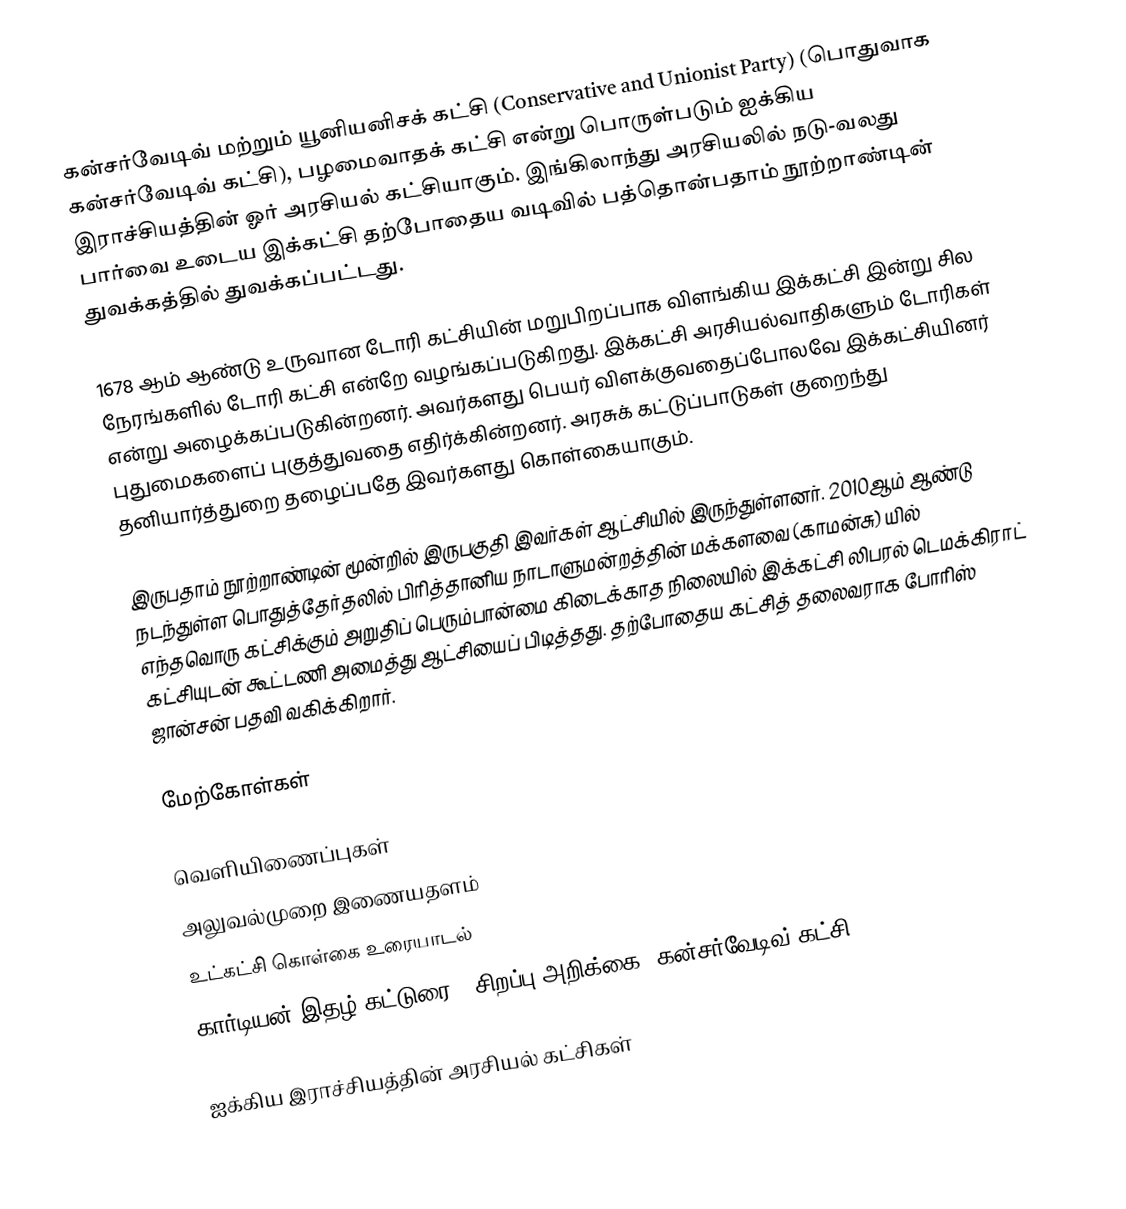
கன்சர்வேடிவ் மற்றும் யூனியனிசக் கட்சி (Conservative and Unionist Party) (பொதுவாக கன்சர்வேடிவ் கட்சி), பழமைவாதக் கட்சி என்று பொருள்படும் ஐக்கிய இராச்சியத்தின் ஓர் அரசியல் கட்சியாகும். இங்கிலாந்து அரசியலில் நடு-வலது பார்வை உடைய இக்கட்சி தற்போதைய வடிவில் பத்தொன்பதாம் நூற்றாண்டின் துவக்கத்தில் துவக்கப்பட்டது.

1678 ஆம் ஆண்டு உருவான டோரி கட்சியின் மறுபிறப்பாக விளங்கிய இக்கட்சி இன்று சில நேரங்களில் டோரி கட்சி என்றே வழங்கப்படுகிறது. இக்கட்சி அரசியல்வாதிகளும் டோரிகள் என்று அழைக்கப்படுகின்றனர். அவர்களது பெயர் விளக்குவதைப்போலவே இக்கட்சியினர் புதுமைகளைப் புகுத்துவதை எதிர்க்கின்றனர். அரசுக் கட்டுப்பாடுகள் குறைந்து தனியார்த்துறை தழைப்பதே இவர்களது கொள்கையாகும்.

இருபதாம் நூற்றாண்டின் மூன்றில் இருபகுதி இவர்கள் ஆட்சியில் இருந்துள்ளனர். 2010ஆம் ஆண்டு நடந்துள்ள பொதுத்தேர்தலில் பிரித்தானிய நாடாளுமன்றத்தின் மக்களவை (காமன்சு) யில் எந்தவொரு கட்சிக்கும் அறுதிப் பெரும்பான்மை கிடைக்காத நிலையில் இக்கட்சி லிபரல் டெமக்கிராட் கட்சியுடன் கூட்டணி அமைத்து ஆட்சியைப் பிடித்தது. தற்போதைய கட்சித் தலைவராக போரிஸ் ஜான்சன் பதவி வகிக்கிறார்.

மேற்கோள்கள்

வெளியிணைப்புகள்
 அலுவல்முறை இணையதளம்
 உட்கட்சி கொள்கை உரையாடல்
 கார்டியன் இதழ் கட்டுரை - சிறப்பு அறிக்கை: கன்சர்வேடிவ் கட்சி

ஐக்கிய இராச்சியத்தின் அரசியல் கட்சிகள்